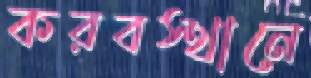
করবস্থানে